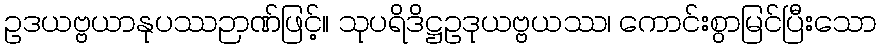
ဥဒယဗ္ဗယာနုပဿဉာဏ်ဖြင့်။ သုပရိဒိဋ္ဌဥဒုယဗ္ဗယဿ၊ ကောင်းစွာမြင်ပြီးသော